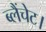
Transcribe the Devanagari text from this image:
ब्लैंचेट।